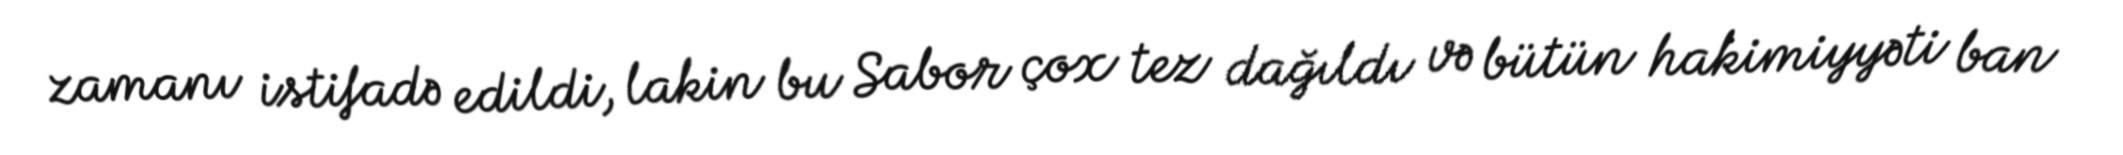
zamanı istifadə edildi, lakin bu Sabor çox tez dağıldı və bütün hakimiyyəti ban